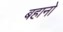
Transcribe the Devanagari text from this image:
बहानो